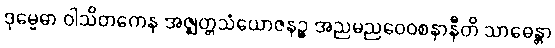
ဒုမ္မေဓာ ဝါသိတကေန အဇ္ဈတ္တသံယောဇနဉ္စ အညမညဝေဝစနာနီတိ သာဓေန္တာ